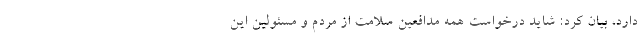
دارد، بیان کرد: شاید درخواست همه مدافعین سلامت از مردم و مسئولین این